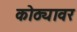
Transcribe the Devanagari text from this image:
कोठ्यावर